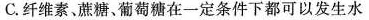
C.纤维素、蔗糖，葡萄糖在一定条件下都可以发生水